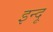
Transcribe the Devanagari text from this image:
इन्‍दू